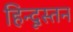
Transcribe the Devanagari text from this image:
हिन्दूस्तन